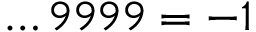
\dots 9 9 9 9 = - 1